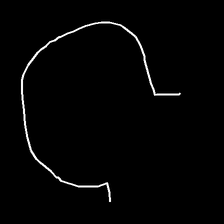
Glyph: weave